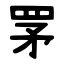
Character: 罞